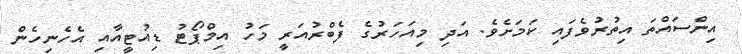
އިންސައްތަ އިތުރުވެފައި ކަމަށެވެ. އަދި މިއަހަރުގެ ފެބްރުއަރީ މަހު އިމްޕޯޓު ޑިއުޓީއާއި އެހެނިހެން